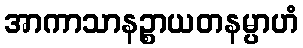
အာကာသာနဉ္စာယတနမ္ပာဟံ